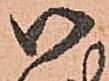
御